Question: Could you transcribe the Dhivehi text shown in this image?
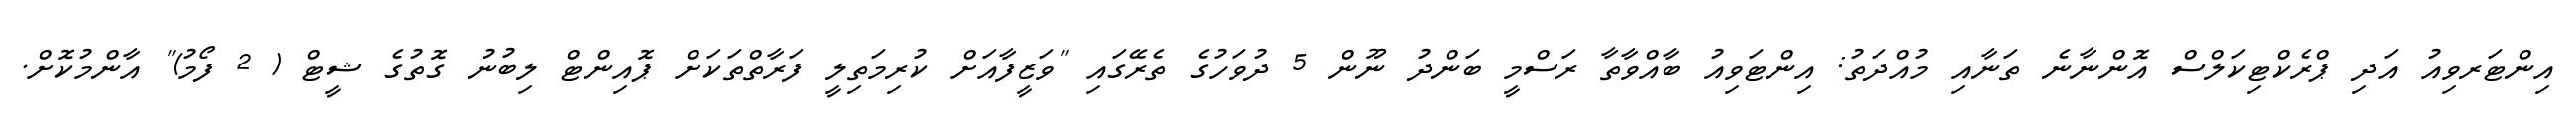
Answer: އިންޓަރވިއު އަދި ޕްރެކްޓިކަލްސް އޮންނާނެ ތަނާއި މުއްދަތު: އިންޓަވިއު ބާއްވާތާ ރަސްމީ ބަންދު ނޫން 5 ދުވަހުގެ ތެރޭގައި "ވަޒީފާއަށް ކުރިމަތިލީ ފަރާތްތަކަށް ޕޮއިންޓް ލިބުނު ގޮތުގެ ޝީޓް ( 2 ފޯމު)" އާންމުކޮށް.